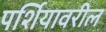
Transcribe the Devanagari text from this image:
पर्शियावरील